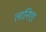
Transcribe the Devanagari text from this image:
लानिएर